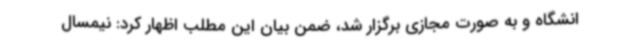
انشگاه و به صورت مجازی برگزار شد، ضمن بیان این مطلب اظهار کرد: نیمسال